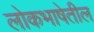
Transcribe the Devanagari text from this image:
लोकभाषेतील